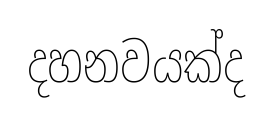
දහනවයක්ද